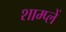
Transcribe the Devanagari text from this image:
शाम्प्लें